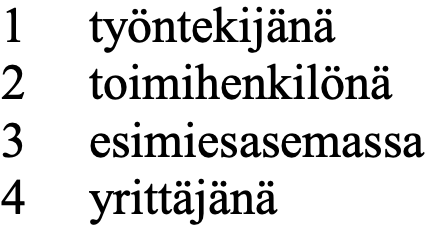
1  työntekijänä 2  toimihenkilönä 3  esimiesasemassa 4  yrittäjänä